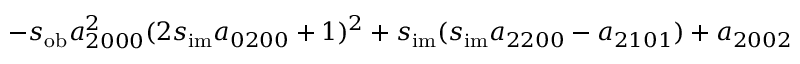
- s _ { \mathrm { o b } } a _ { 2 0 0 0 } ^ { 2 } ( 2 s _ { \mathrm { i m } } a _ { 0 2 0 0 } + 1 ) ^ { 2 } + s _ { \mathrm { i m } } ( s _ { \mathrm { i m } } a _ { 2 2 0 0 } - a _ { 2 1 0 1 } ) + a _ { 2 0 0 2 }